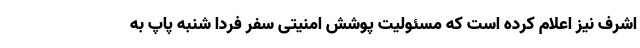
اشرف نیز اعلام کرده است که مسئولیت پوشش امنیتی سفر فردا شنبه پاپ به